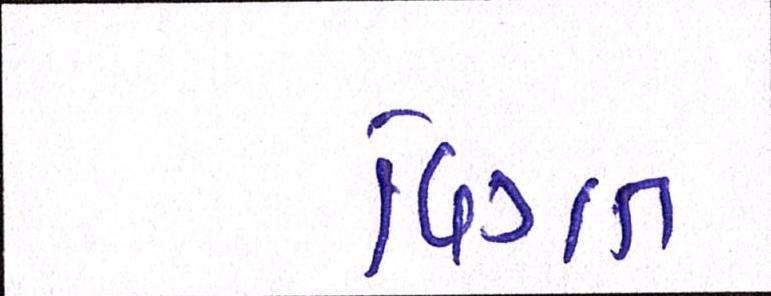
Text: વિગત